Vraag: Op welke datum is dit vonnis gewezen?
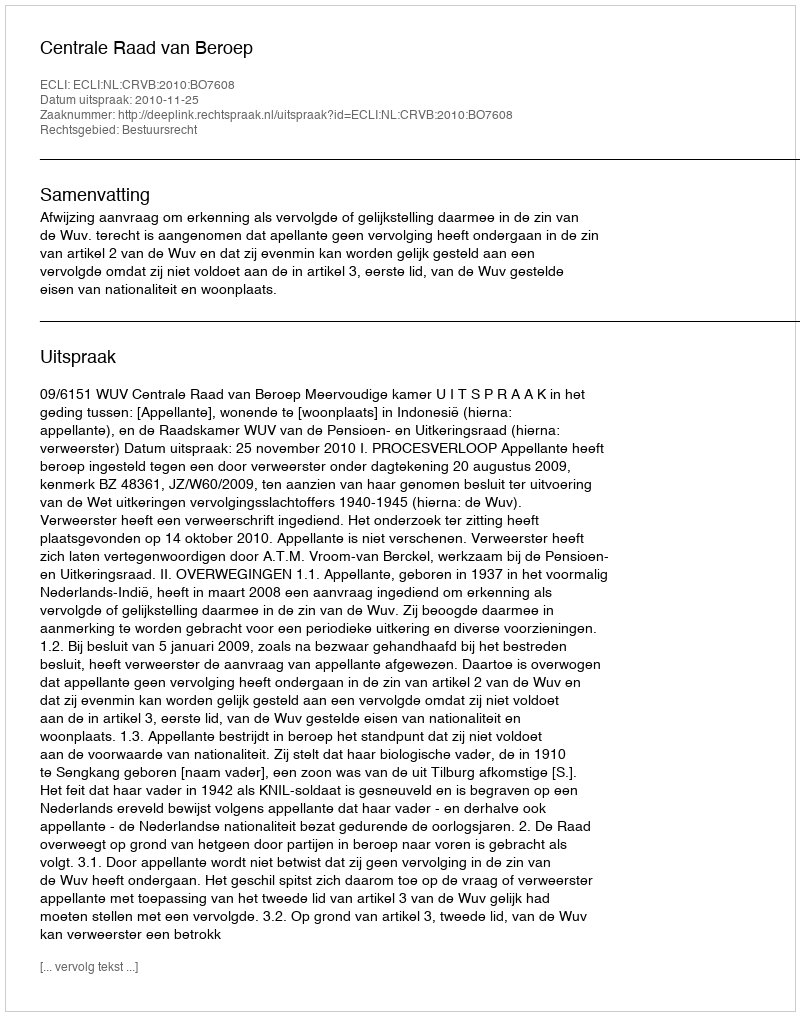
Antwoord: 2010-11-25